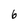
Character: 6